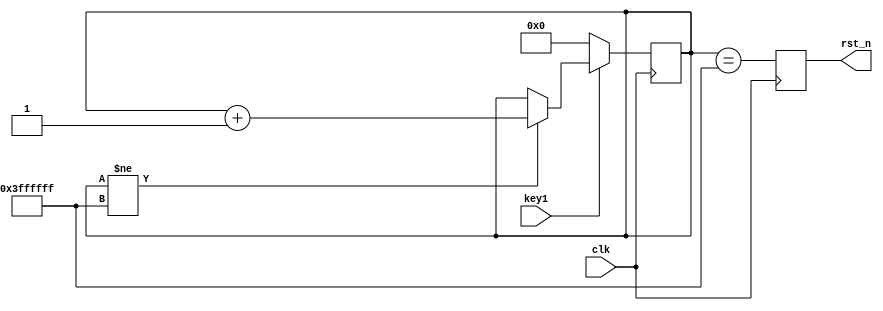

module reset(
	input clk,
	input key1,
	output rst_n
);
reg[27:0] cnt = 28'd0;
reg rst_n_reg;
assign rst_n = rst_n_reg;
always@(posedge clk)
   if(key1==1'b0)
        cnt <= 0;
    else
    	if(cnt != 28'h3ffffff)
	    	cnt <= cnt + 1'd1;
	    else
		    cnt <= cnt;
always@(posedge clk)
	rst_n_reg <= (cnt == 28'h3ffffff);
endmodule